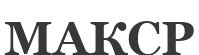
МАКСР